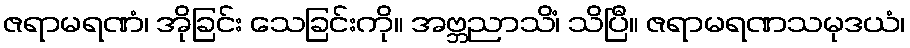
ဇရာမရဏံ၊ အိုခြင်း သေခြင်းကို။ အဗ္ဘညာသိံ၊ သိပြီ။ ဇရာမရဏသမုဒယံ၊